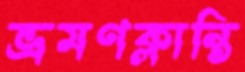
ভ্রমণক্লান্তি